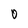
Character: 0